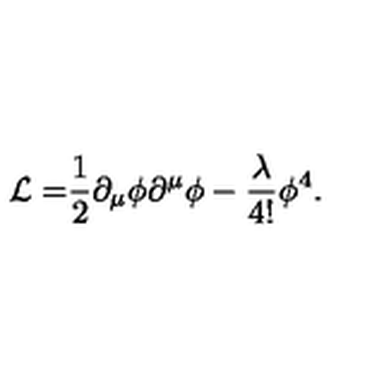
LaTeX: { \cal L = } \frac { 1 } { 2 } \partial _ { \mu } \phi \partial ^ { \mu } \phi - \frac { \lambda } { 4 ! } \phi ^ { 4 } .